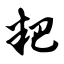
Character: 粑